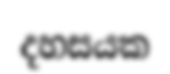
දහසයක